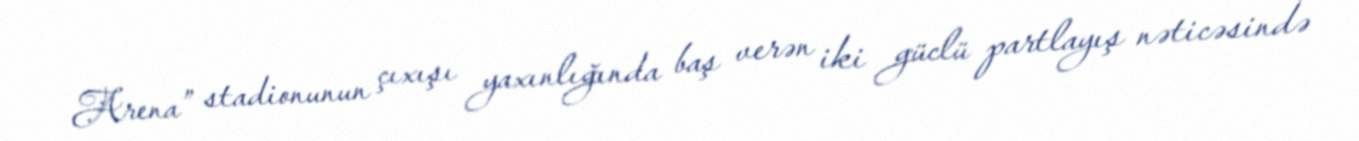
Arena” stadionunun çıxışı yaxınlığında baş verən iki güclü partlayış nəticəsində